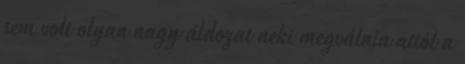
sem volt olyan nagy áldozat neki megválnia attól a